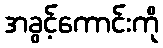
အခွင့်ကောင်းကို